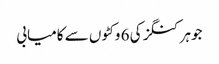
جوہر کنگز کی 6 وکٹوں سے کامیابی